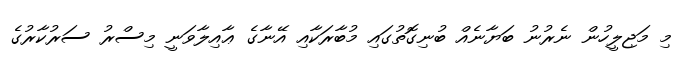
މި މަޖިލީހުން ނެރުނު ބަޔާނެއް ބުނިގޮތުގައި މުބާރަކާއި އޭނާގެ ޢާއިލާވަނީ މިސްރު ސަރުކާރުގެ